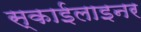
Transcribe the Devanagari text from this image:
स्काईलाइनर